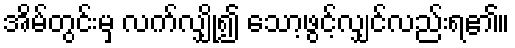
အိမ်တွင်းမှ လက်လျှို၍ သော့ဖွင့်လျှင်လည်းရ၏။